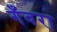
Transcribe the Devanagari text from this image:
गँवरा